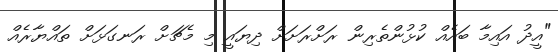
"އީދު އައިމާ ބައެއް ކުޅުންތެރިން ރަށްރަށަށް ދިޔައީ މި މެޗަށް ރަނގަޅަށް ތައްޔާރެއް